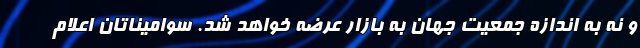
و نه به اندازه جمعیت جهان به بازار عرضه خواهد شد. سوامیناتان اعلام